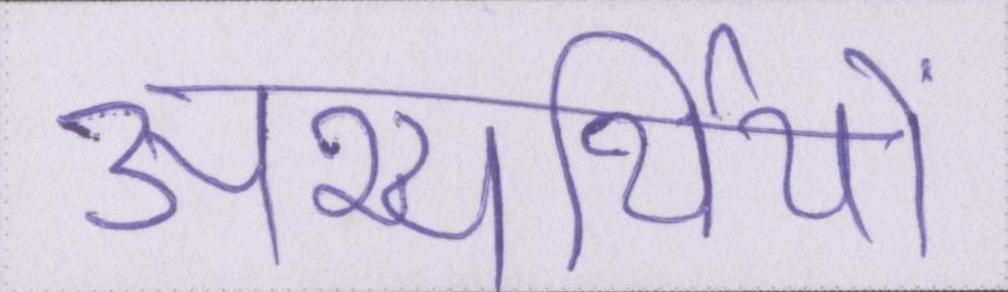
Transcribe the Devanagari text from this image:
अभ्यर्थियों